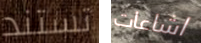
تستند اشاعات